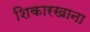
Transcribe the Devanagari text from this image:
शिकारखाना